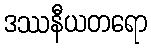
ဒဿနီယတရော